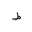
Letter: _da